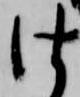
仕